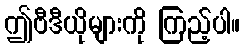
ဤဗီဒီယိုများကို ကြည့်ပါ။